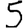
Digit: 5